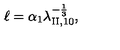
\ell = \alpha _ { 1 } \lambda _ { \mathrm { I I } , 1 0 } ^ { - \frac 1 3 } ,